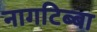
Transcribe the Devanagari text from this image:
नागटिब्बा